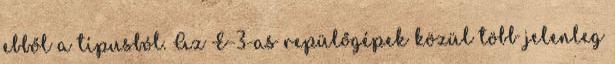
ebből a típusból. Az E-3-as repülőgépek közül több jelenleg